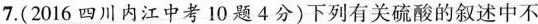
7.(2016四川内江中考10题4分)下列有关硫酸的叙述中不